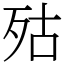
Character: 㱠